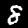
Digit: 8